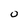
Character: 0